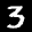
Label: 3